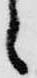
々